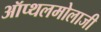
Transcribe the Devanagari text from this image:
ऑप्थलमोलाजी